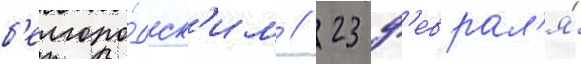
б'елгоро́дск'им // 23 ф'еврал'я́